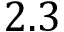
2 . 3